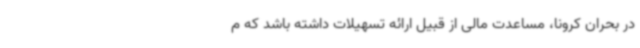
در بحران کرونا، مساعدت مالی از قبیل ارائه تسهیلات داشته باشد که م